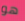
هو